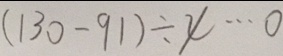
( 1 3 0 - 9 1 ) \div 4 \cdots 0